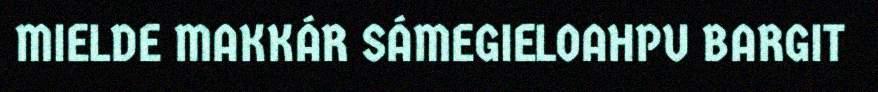
MIELDE MAKKÁR SÁMEGIELOAHPU BARGIT